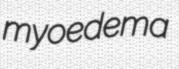
myoedema